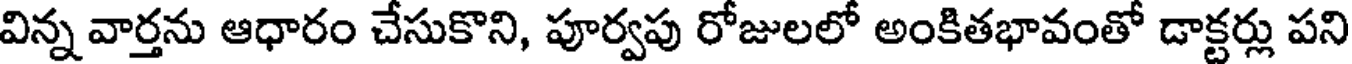
విన్న వార్తను ఆధారం చేసుకొని, పూర్వపు రోజులలో అంకితభావంతో డాక్టర్లు పని